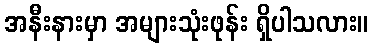
အနီးနားမှာ အများသုံးဖုန်း ရှိပါသလား။